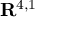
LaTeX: \mathbf { R } ^ { 4 , 1 }